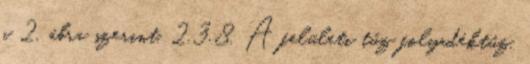
a 2. ábra szerint. 2.3.8. A felületi tûz folyadéktûz,